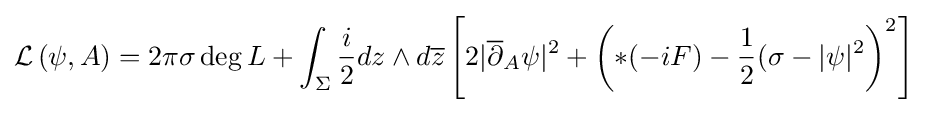
{\mathcal {L}}\left(\psi ,A\right)=2\pi \sigma \operatorname {deg} L+\int _{\Sigma }{\frac {i}{2}}dz\wedge d{\overline {z}}\left[2\vert {\overline {\partial }}_{A}\psi \vert ^{2}+\left(*(-iF)-{\frac {1}{2}}(\sigma -\vert \psi \vert ^{2}\right)^{2}\right]